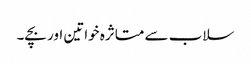
سلاب سے متاثرہ خواتین اور بچے۔